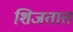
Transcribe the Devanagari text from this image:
शिजतात